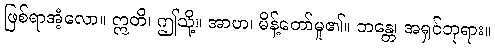
ဖြစ်ရာအံ့လော။ ဣတိ၊ ဤသို့။ အာဟ၊ မိန့်တော်မူ၏။ ဘန္တေ၊ အရှင်ဘုရား။